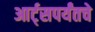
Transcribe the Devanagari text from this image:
आर्ट्‌सपर्यंतचे